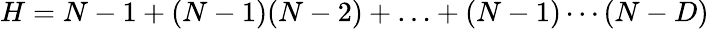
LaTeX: H=N-1+(N-1)(N-2)+\ldots+(N-1)\cdots(N-D)